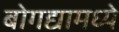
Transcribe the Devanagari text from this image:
बोगद्यामध्ये